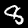
Digit: 8